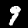
Label: 9